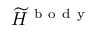
\widetilde { H } ^ { \mathrm { ~ b ~ o ~ d ~ y ~ } }